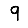
Digit: 9